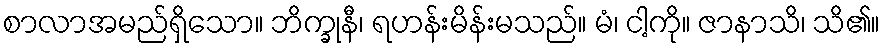
စာလာအမည်ရှိသော။ ဘိက္ခုနီ၊ ရဟန်းမိန်းမသည်။ မံ၊ ငါ့ကို။ ဇာနာသိ၊ သိ၏။